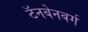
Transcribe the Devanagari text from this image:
टॅनबेनबर्ग